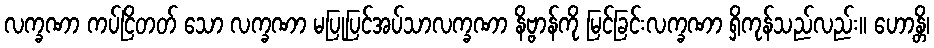
လက္ခဏာ ကပ်ငြိတတ် သော လက္ခဏာ မပြုပြင်အပ်သာလက္ခဏာ နိဗ္ဗာန်ကို မြင်ခြင်းလက္ခဏာ ရှိကုန်သည်လည်း။ ဟောန္တိ၊